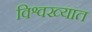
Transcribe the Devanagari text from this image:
विश्वख्यात